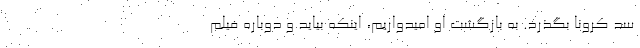
سد کرونا بگذرد. به بازگشت او امیدواریم، اینکه بیاید و دوباره فیلم